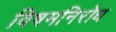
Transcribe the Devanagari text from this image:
विषमनिरोध